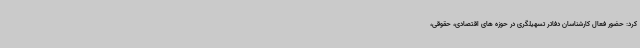
کرد: حضور فعال کارشناسان دفاتر تسهیلگری در حوزه های اقتصادی، حقوقی،